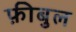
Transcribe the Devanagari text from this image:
फ़ीबुल